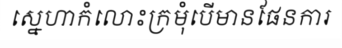
ស្នេហាកំលោះក្រមុំបើមានផែនការ